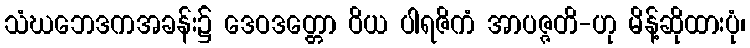
သံဃဘေဒကအခန်း၌ ဒေဝဒတ္တော ဝိယ ပါရဇိကံ အာပဇ္ဇတိ-ဟု မိန့်ဆိုထားပုံ၊